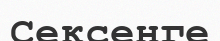
Сексенге